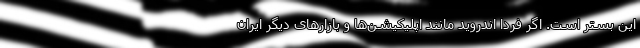
این بستر است. اگر فردا اندروید مانند اپلیکیشن‌ها و بازارهای دیگر ایران